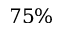
7 5 \%